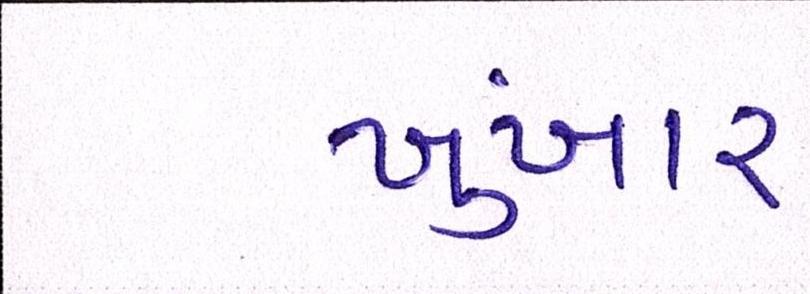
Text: ખુંખાર